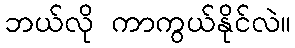
ဘယ်လို ကာကွယ်နိုင်လဲ။